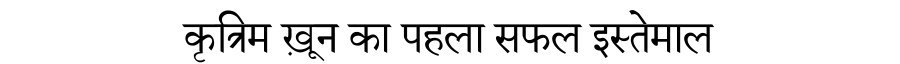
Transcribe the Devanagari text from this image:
कृत्रिम ख़ून का पहला सफल इस्तेमाल